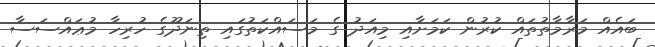
ބައެއް މަރާމާތުތައް ކުރުން ކަމަށާއި މިއަދު ގެ މަސައްކަތުގައި ތިނަދޫގެ ހުރިހާ މުޢައްސަސާ